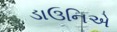
ડાઉનિએ